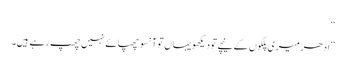
‘‘
’’ادھر میری پلکوں کے نیچے تو دیکھو یہاں تو آنسو چھپائے نہیں چھپ رہے ہیں۔